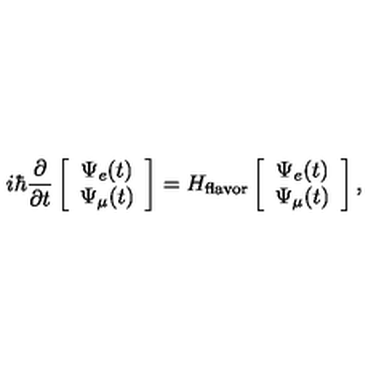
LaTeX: i \hbar \frac { \partial } { \partial t } \left[ \begin{array} { c c } { \Psi _ { e } ( t ) } \\ { \Psi _ { \mu } ( t ) } \\ \end{array} \right] = H _ { \mathrm { f l a v o r } } \left[ \begin{array} { c c } { \Psi _ { e } ( t ) } \\ { \Psi _ { \mu } ( t ) } \\ \end{array} \right] ,